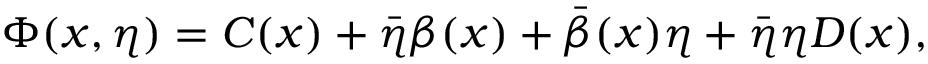
\Phi ( x , \eta ) = C ( x ) + \bar { \eta } \beta ( x ) + \bar { \beta } ( x ) \eta + \bar { \eta } \eta D ( x ) ,